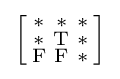
{\Bigl [}{\begin{smallmatrix}\mathrm {*} &\mathrm {*} &\mathrm {*} \\\mathrm {*} &\mathrm {T} &\mathrm {*} \\\mathrm {F} &\mathrm {F} &\mathrm {*} \end{smallmatrix}}{\Bigr ]}